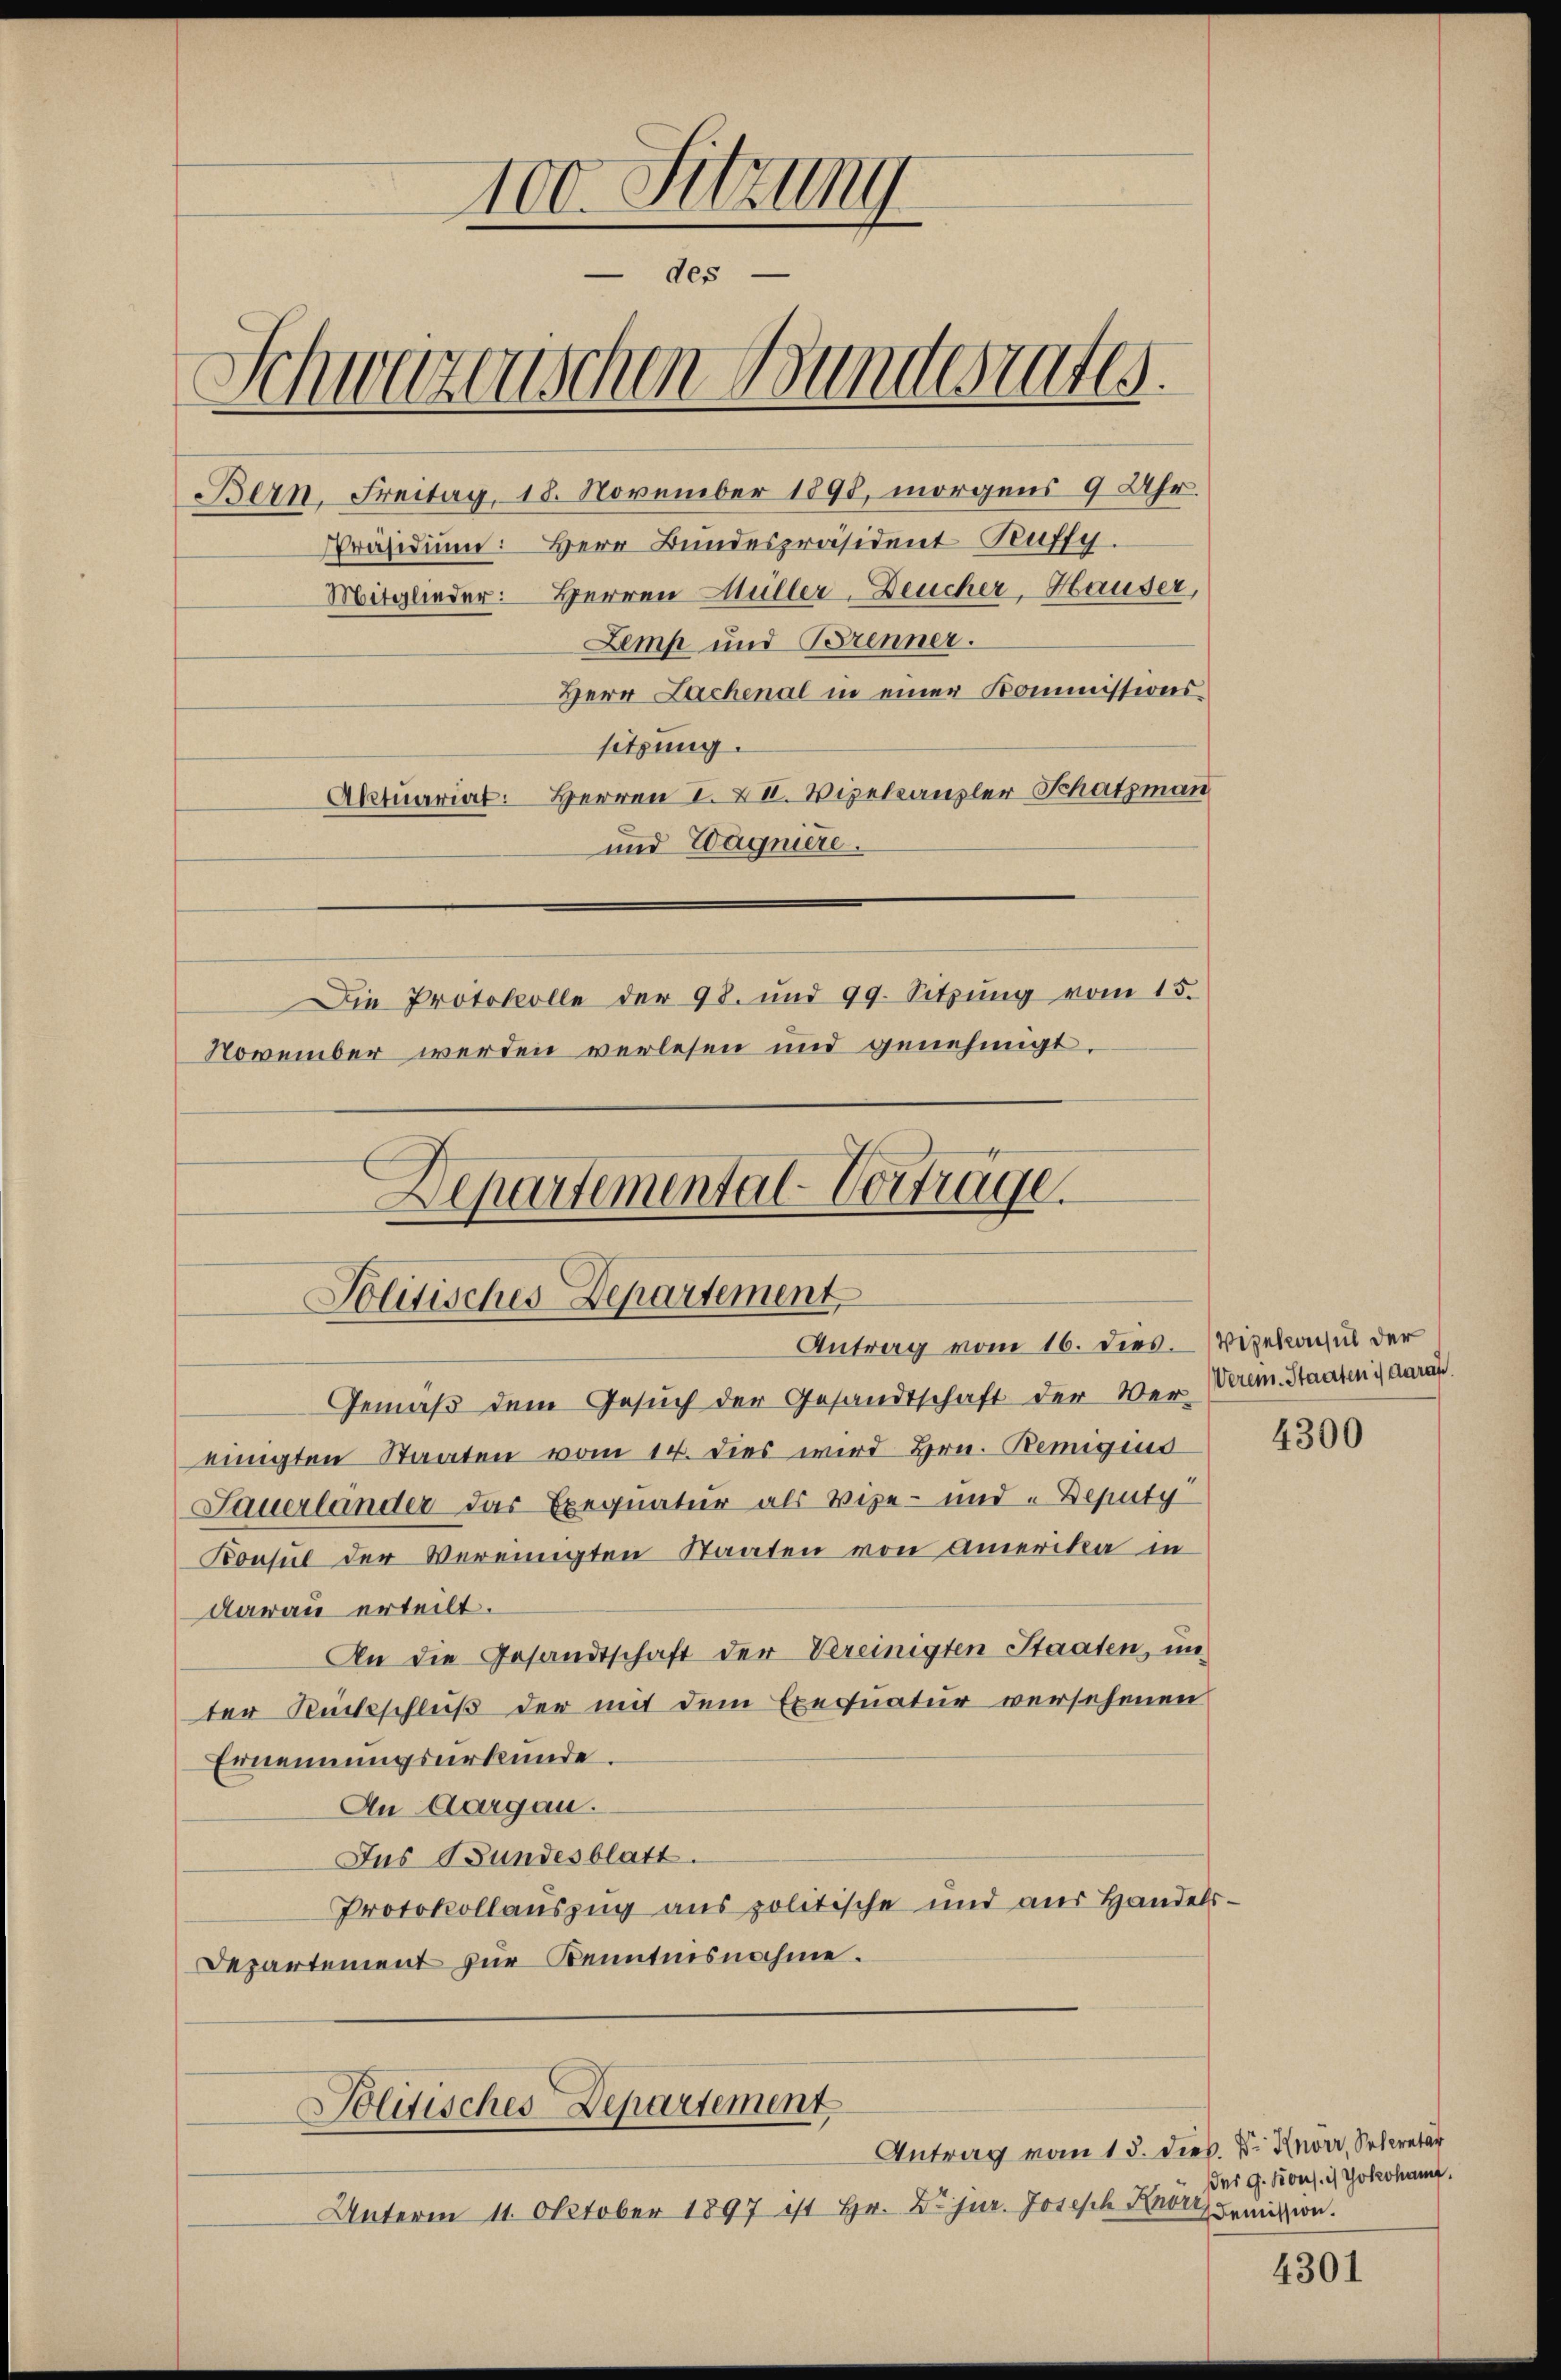
100. Sitzung
des
Schwarzenschen Bundesrates.
Bern. Freitag, 18. November 1898, morgens 9 Uhr.
Zemp und Brenner.
Herr Lachenal in einer Kommissions-
sitzung.
Aktuariat: Herren I. XII. Vizekanzler Schatzman
und Wagniere.
Die Protokolle der 98. und 99. Sitzung vom 15.
November werden verlesen und genehmigt.
Departemental-Vorträge.

Politisches Departement
Antrag vom 16. dies.

Gemäß dem Gesuch der Gesandtschaft der Wer Werem. Staaten darau
einigten Staaten vom 14. dies wird Hrn. Remigius
Sauerlander das Exequatur als Vize- und Deputi
Konsul der Vereinigten Staaten von Amerika in
darau erteilt.
An die Gesandtschaft der Vereinigten Staaten, un
ter Rückschluß der mit dem Exequatur versehenen
Ernennungsurkunde.
An Aargau.
Jus Bundesblatt.
Protokollauszug aus politische und aus Handels-
Departement zur Kenntnisnahme.
Politisches Departement
Antrag vom 15. dies. Dr. Knorr, Secretar
Unterm 11. Oktober 1897 ist Hr. Dr jur. Joseph Knor demission.

Präsidium: Herr Bundespräsident Teuffy.
Mitglieder: Herren Müller-Deucher, Hauser,

Vizekonsul der

4300

des G. Kons. in Yokohamt.

4301